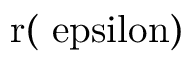
\mathrm { { r } ( \ e p s i l o n ) }